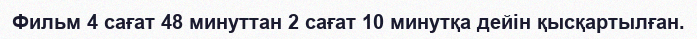
Фильм 4 сағат 48 минуттан 2 сағат 10 минутқа дейiн қысқартылған.